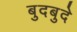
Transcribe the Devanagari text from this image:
बुदबुदे